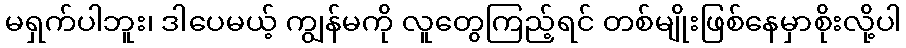
မရှက်ပါဘူး၊ ဒါပေမယ့် ကျွန်မကို လူတွေကြည့်ရင် တစ်မျိုးဖြစ်နေမှာစိုးလို့ပါ